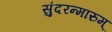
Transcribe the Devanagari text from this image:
सुंदरन्मारुम्